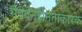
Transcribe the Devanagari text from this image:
संवेदनहीनताकारक